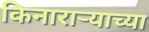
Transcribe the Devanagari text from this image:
किनाराऱ्याच्या